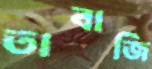
তাবাজি